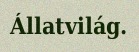
Állatvilág.